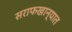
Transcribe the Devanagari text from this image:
सराफखान्यात